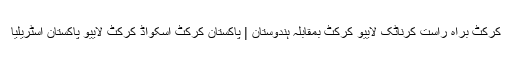
کرکٹ براہ راست کرناٹک لايیو کرکٹ بمقابلہ ہندوستان | پاکستان کرکٹ اسکواڈ کرکٹ لايیو پاکستان اسٹریلیا